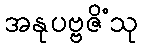
အနုပဗ္ဗဇိံသု